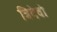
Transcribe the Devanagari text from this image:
त्रिदेवो